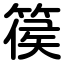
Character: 篌